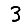
Digit: 3